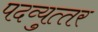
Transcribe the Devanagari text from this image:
पदव्‍युत्‍तर